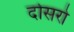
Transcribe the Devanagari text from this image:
दोसरो